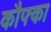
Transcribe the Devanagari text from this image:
कौफ्का